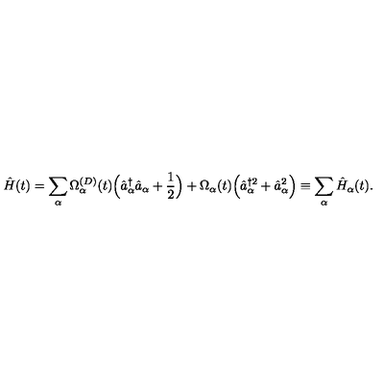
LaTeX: \hat { H } ( t ) = \sum _ { \alpha } \Omega _ { \alpha } ^ { ( D ) } ( t ) \Bigl ( \hat { a } _ { \alpha } ^ { \dagger } \hat { a } _ { \alpha } + \frac { 1 } { 2 } \Bigr ) + \Omega _ { \alpha } ( t ) \Bigl ( \hat { a } _ { \alpha } ^ { \dagger 2 } + \hat { a } _ { \alpha } ^ { 2 } \Bigr ) \equiv \sum _ { \alpha } \hat { H } _ { \alpha } ( t ) .